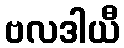
ဗလဒါယီ